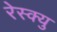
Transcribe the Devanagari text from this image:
रेस्क्यु